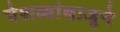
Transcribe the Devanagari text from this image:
पेशव्यांबाजूने